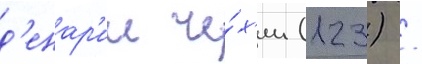
д'енар'ии че́х'ии (123) /